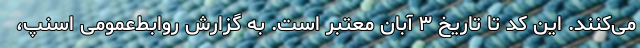
می‌کنند. این کد تا تاریخ ۳ آبان معتبر است. به گزارش روابط‌عمومی اسنپ،